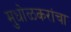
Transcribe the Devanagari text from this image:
मुधोळकरांचा